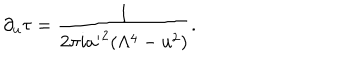
\partial _ { u } \tau = { \frac { 1 } { 2 \pi i { a ^ { \prime } } ^ { 2 } ( \Lambda ^ { 4 } - u ^ { 2 } ) } } .